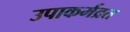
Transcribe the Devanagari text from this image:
उपाकर्मव्रत